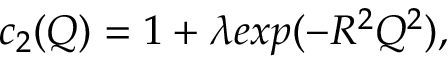
c _ { 2 } ( Q ) = 1 + \lambda e x p ( - R ^ { 2 } Q ^ { 2 } ) ,